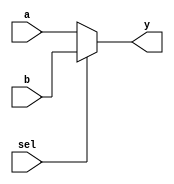
module multiplexer (
    input wire a,
    input wire b,
    input wire sel,
    output reg y
);

always @(*) begin
    if (sel)
        y = b;
    else
        y = a;
end

endmodule